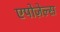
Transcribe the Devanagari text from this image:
एपोज़ेल्स